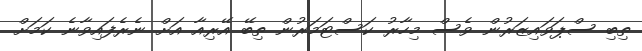
ތިބި ސްޕަވައިޒަރުން ވެސް މިހާރު ކަސްޓަމަރުން ތިބޭ އޭރިއާ އަށް ނެރެފައިވާނެ ކަމަށް